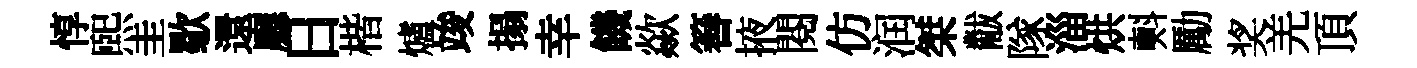
惇煕圭歜還廳日楷爐竣搨幸饑歘簮掖閱仿润桀黻隊淄烘㪺勵奖羌頂